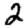
Digit: 2